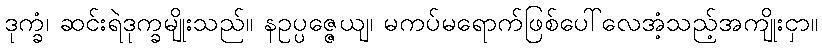
ဒုက္ခံ၊ ဆင်းရဲဒုက္ခမျိုးသည်။ နဥပ္ပဇ္ဇေယျ၊ မကပ်မရောက်ဖြစ်ပေါ်လေအံ့သည့်အကျိုးငှာ။